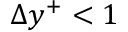
\Delta y ^ { + } < 1